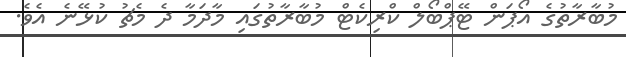
މުބާރާތުގެ އޯޕަން ޓޭޕްބޯލް ކްރިކެޓް މުބާރާތުގައި މާދަމާ ދެ މެޗު ކުޅޭނެ އެވެ.